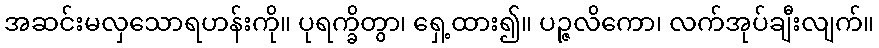
အဆင်းမလှသောရဟန်းကို။ ပုရက္ခိတွာ၊ ရှေ့ထား၍။ ပဉ္ဇလိကော၊ လက်အုပ်ချီးလျက်။